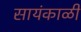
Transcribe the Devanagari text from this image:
सायंकाळीं